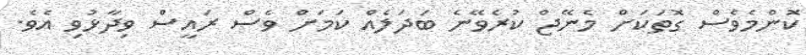
ކޮންމެވެސް ގޮތަކަށް މެނޭޖް ކުރެވޭނެ ބަދަލެއް ކަމަށް ވެސް ރައީސް ވިދާޅުވި އެވެ.